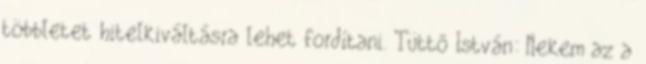
többletet hitelkiváltásra lehet fordítani. Tüttő István: Nekem az a